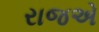
રાજએ